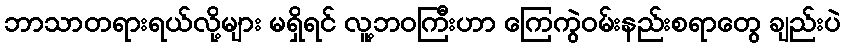
ဘာသာတရားရယ်လို့များ မရှိရင် လူ့ဘဝကြီးဟာ ကြေကွဲဝမ်းနည်းစရာတွေ ချည်းပဲ